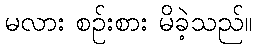
မလား စဉ်းစား မိခဲ့သည်။